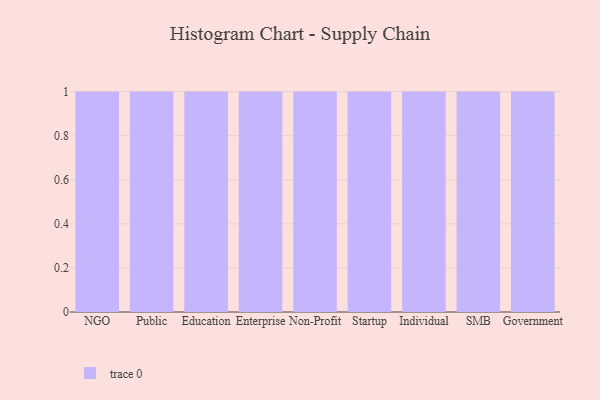
{"axis": {"x": "Segment", "y": "Page Views"}, "legend": [""], "data": [{"x": "NGO", "y": 71, "type": ""}, {"x": "Public", "y": 9, "type": ""}, {"x": "Education", "y": 78, "type": ""}, {"x": "Enterprise", "y": 45, "type": ""}, {"x": "Non-Profit", "y": 67, "type": ""}, {"x": "Startup", "y": 81, "type": ""}, {"x": "Individual", "y": 96, "type": ""}, {"x": "SMB", "y": 56, "type": ""}, {"x": "Government", "y": 97, "type": ""}]}